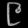
Digit: ၉